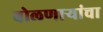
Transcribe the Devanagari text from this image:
बोलणार्‍यांचा